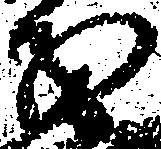
義